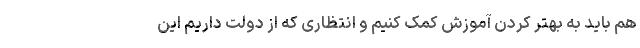
هم باید به بهتر کردن آموزش کمک کنیم و انتظاری که از دولت داریم این